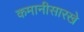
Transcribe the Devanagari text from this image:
कमानीसारखे